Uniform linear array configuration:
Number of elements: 32
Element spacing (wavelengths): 0.25
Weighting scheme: cosine
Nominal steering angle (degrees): -30
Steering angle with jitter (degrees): -29.425
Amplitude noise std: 0.05
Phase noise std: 0.05

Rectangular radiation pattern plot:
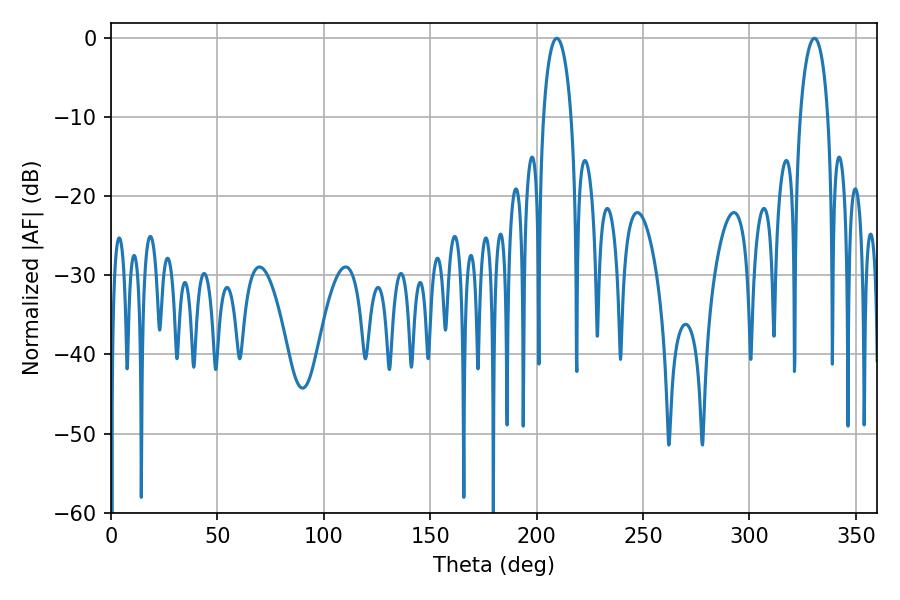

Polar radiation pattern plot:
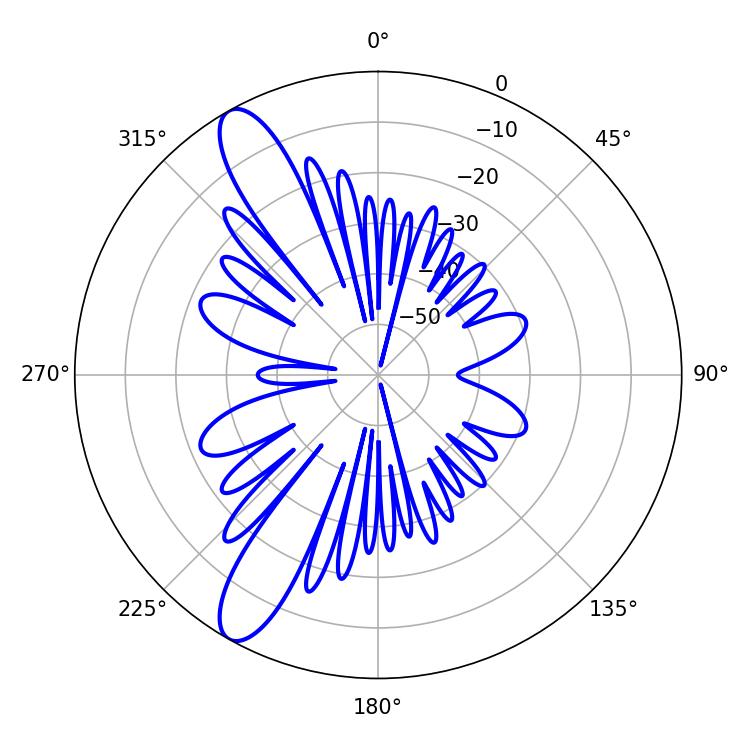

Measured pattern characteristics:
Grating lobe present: FALSE
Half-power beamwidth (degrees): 7.56
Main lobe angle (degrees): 209.52